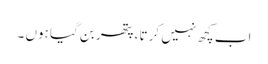
اب کچھ نہیں کرتا ، پتھر بن گیا ہوں ۔